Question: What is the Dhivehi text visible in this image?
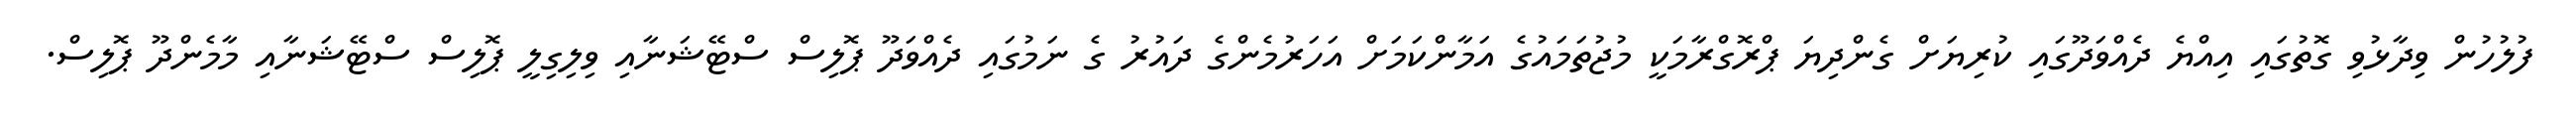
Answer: ފުލުހުން ވިދާޅުވި ގޮތުގައި އިއްޔެ ދެއްވަދޫގައި ކުރިޔަށް ގެންދިޔަ ޕްރޮގްރާމަކީ މުޖުތަމައުގެ އަމާންކަމަށް އަހަރުމެންގެ ދައުރު ގެ ނަމުގައި ދެއްވަދޫ ޕޮލިސް ސްޓޭޝަނާއި ވިލިގިލީ ޕޮލިސް ސްޓޭޝަނާއި މާމެންދޫ ޕޮލިސް.